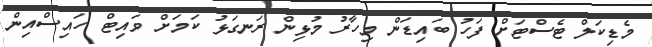
މެޑިކަލް ޓެސްޓަށް ފަހު ބައިޑަން މިހާރު މުޅިން ރަނގަޅު ކަމަށް ވައިޓް ހައިސްއިން